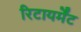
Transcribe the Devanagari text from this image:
रिटायर्मेंट